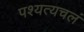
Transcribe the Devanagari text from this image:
पश्यत्यचलं